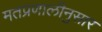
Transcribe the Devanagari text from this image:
मतप्रणालीनुसार